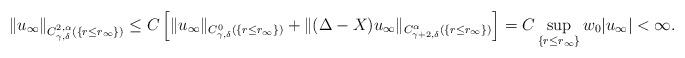
LaTeX: \begin{align*} \|u_\infty\|_{C^{2,\alpha}_{\gamma,\delta}(\{r\leq r_\infty\})} \leq C\left[\|u_\infty\|_{C^{0}_{\gamma,\delta}(\{r\leq r_\infty\})}+\|(\Delta-X)u_\infty\|_{C^{\alpha}_{\gamma+2,\delta}(\{r\leq r_\infty\})}\right]=C\sup_{\{r\leq r_\infty\}} w_0 |u_\infty|<\infty. \end{align*}